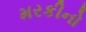
મરકીનો